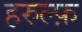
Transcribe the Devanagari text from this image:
हरुल्फ़